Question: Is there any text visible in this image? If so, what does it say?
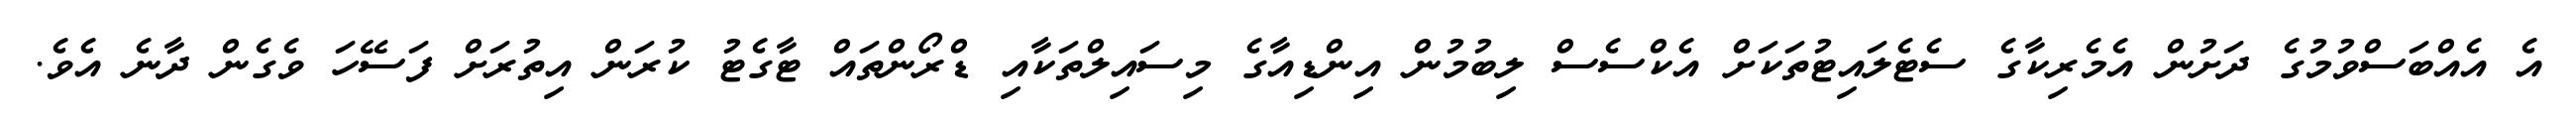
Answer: އެ އެއްބަސްވުމުގެ ދަށުން އެމެރިކާގެ ސެޓެލައިޓުތަކަށް އެކްސެސް ލިބުމުން އިންޑިއާގެ މިސައިލްތަކާއި ޑްރޯންތައް ޓާގެޓު ކުރަން އިތުރަށް ފަސޭހަ ވެގެން ދާނެ އެވެ.